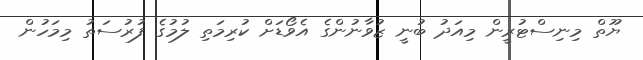
ޔޫތް މިނިސްޓުރީން މިއަދު ބުނީ ޒުވާނުންގެ އެވޯޑަށް ކުރިމަތި ލުމުގެ ފުރުސަތު މިމަހުން